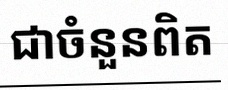
សន្មតថា x ជាចំនួនពិត